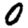
Digit: 0